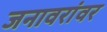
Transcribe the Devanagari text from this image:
जनावरांवर